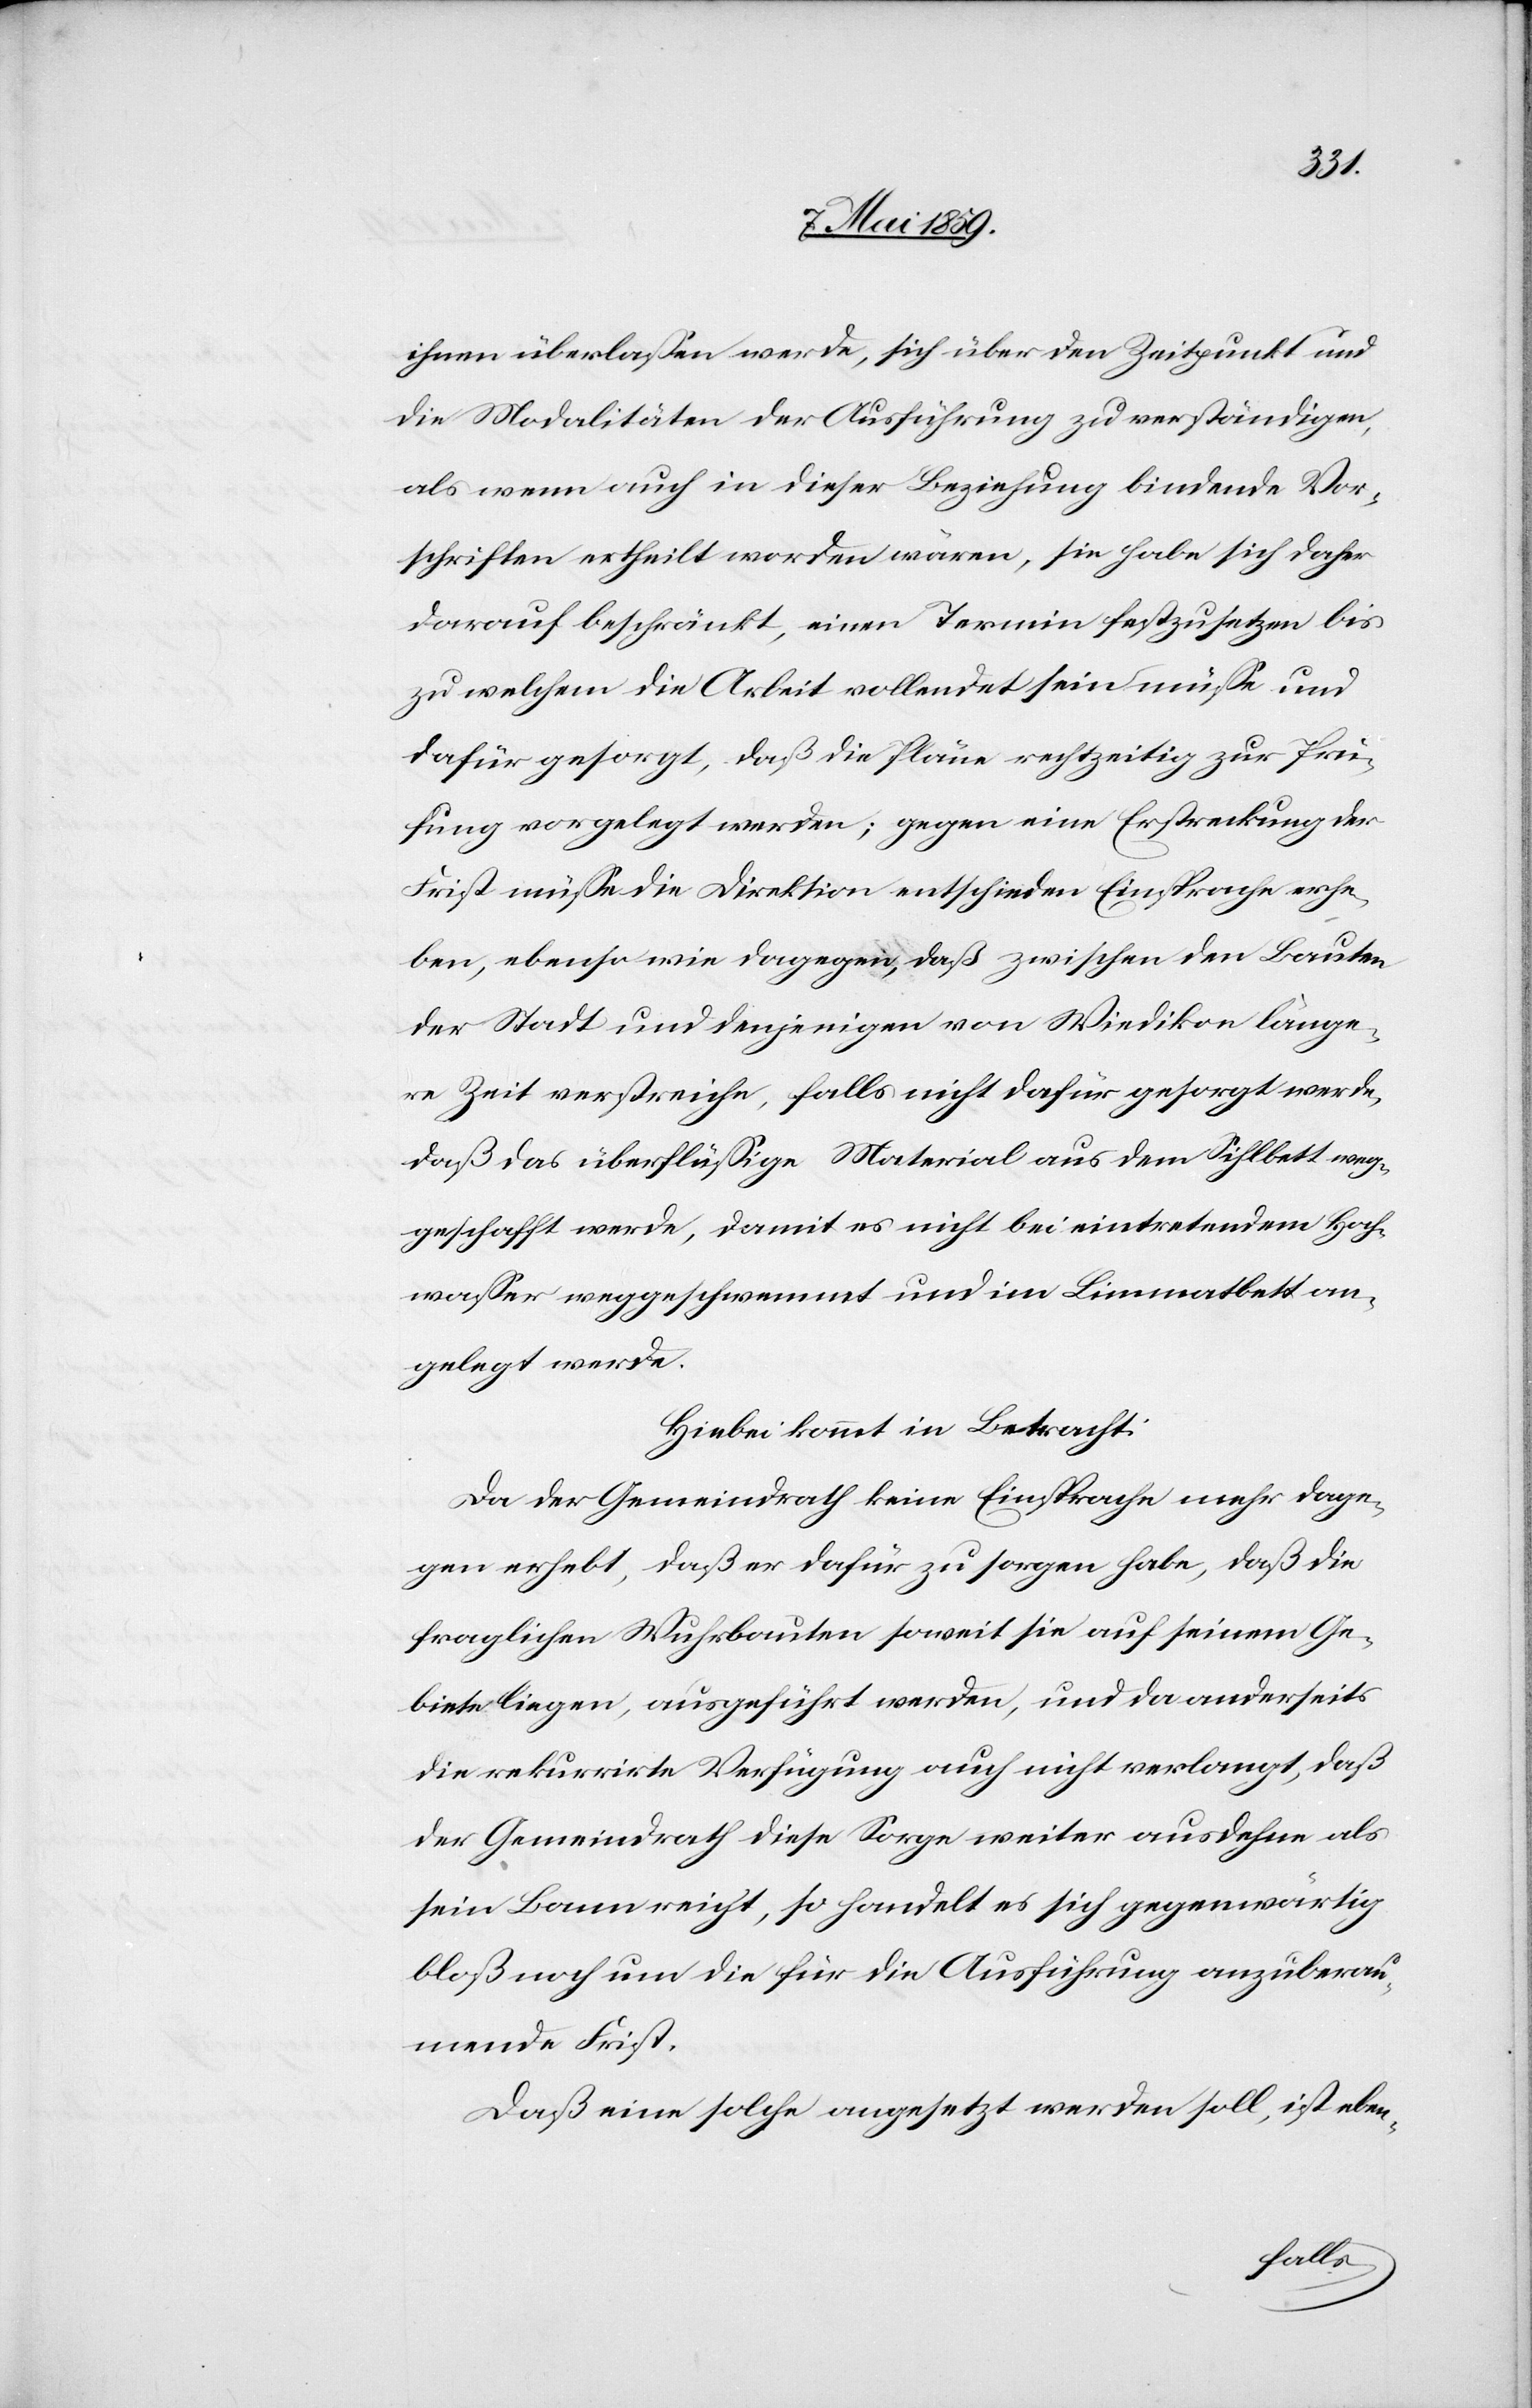
ihnen überlaßen werde, sich über den Zeitpunkt und
die Modalitäten der Ausführung zu verständigen,
als wenn auch in dieser Beziehung bindende Vor¬
schriften ertheilt worden wären, sie habe sich daher
darauf beschränkt, einen Termin festzusetzen bis
zu welchem die Arbeit vollendet sein müße und
dafür gesorgt, daß die Pläne rechtzeitig zur Prü¬
fung vorgelegt werden; gegen eine Erstreckung der
Frist müße die Direktion entschieden Einsprache erhe¬
ben, ebenso wie dagegen, daß zwischen den Bauten
der Stadt und denjenigen von Wiedikon länge¬
re Zeit verstreiche, falls nicht dafür gesorgt werde,
daß das überflüßige Material aus dem Sihlbett weg¬
geschafft werde, damit es nicht bei eintretendem Hoch¬
waßer weggeschwemmt und im Limmatbett an¬
gelegt werde.
Hiebei kommt in Betracht:
Da der Gemeindrath keine Einsprache mehr dage¬
gen erhebt, daß er dafür zu sorgen habe, daß die
fraglichen Wuhrbauten soweit sie auf seinem Ge¬
biete liegen, ausgeführt werden, und da anderseits
die rekurrirte Verfügung auch nicht verlangt, daß
der Gemeindrath diese Sorge weiter ausdehne als
sein Bann reicht, so handelt es sich gegenwärtig
bloß noch um die für die Ausführung anzuberau¬
mende Frist.
Daß eine solche angesetzt werden soll, ist eben-